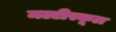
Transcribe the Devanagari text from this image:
मल्टीस्कूल